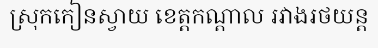
ស្រុកកៀនស្វាយ ខេត្តកណ្តាល រវាងរថយន្ត